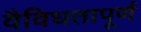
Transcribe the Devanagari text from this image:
वैविधतापूर्ण